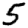
Digit: 5